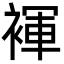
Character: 褌